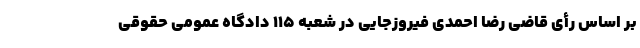
بر اساس رأی قاضی رضا احمدی ‌فیروزجایی در شعبه ۱۱۵ دادگاه عمومی حقوقی